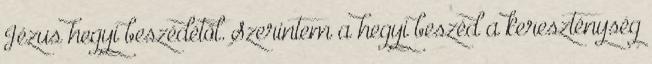
Jézus hegyi beszédétől. Szerintem a hegyi beszéd a kereszténység